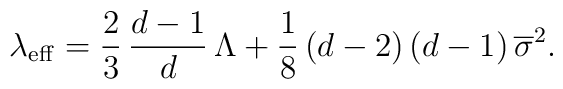
\lambda_{\rm eff} = \frac{2}{3}\, \frac{d-1}{d} \, \Lambda + \frac{1}{8} \,(d-2)\,(d-1)\,\overline{\sigma}^2.